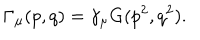
LaTeX: \Gamma _ { \mu } ( p , q ) = \gamma _ { \mu } G ( p ^ { 2 } , q ^ { 2 } ) .